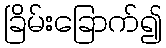
ခြိမ်းခြောက်၍